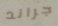
جراند